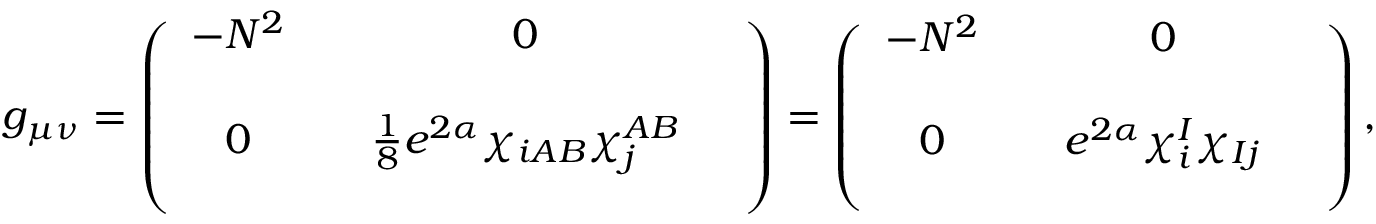
g _ { \mu \nu } = \left( \begin{array} { c c c c } { { - N ^ { 2 } } } & { { } } & { { 0 } } & { { } } \\ { { } } & { { } } & { { } } & { { } } \\ { { 0 } } & { { } } & { { \frac { 1 } { 8 } e ^ { 2 \alpha } \chi _ { i A B } \chi _ { j } ^ { A B } } } & { { } } \\ { { } } & { { } } & { { } } & { { } } \end{array} \right) = \left( \begin{array} { c c c c } { { - N ^ { 2 } } } & { { } } & { { 0 } } & { { } } \\ { { } } & { { } } & { { } } & { { } } \\ { { 0 } } & { { } } & { { e ^ { 2 \alpha } \chi _ { i } ^ { I } \chi _ { I j } } } & { { } } \\ { { } } & { { } } & { { } } & { { } } \end{array} \right) ,